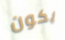
يكون